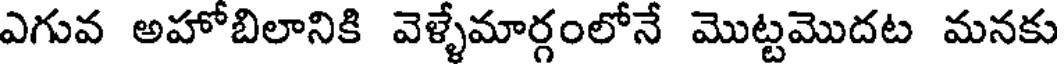
ఎగువ అహోబిలానికి వెళ్ళేమార్గంలోనే మొట్టమొదట మనకు